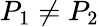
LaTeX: P_{1}\neq P_{2}